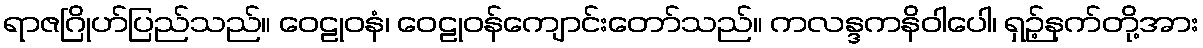
ရာဇဂြိုဟ်ပြည်သည်။ ဝေဠုဝနံ၊ ဝေဠုဝန်ကျောင်းတော်သည်။ ကလန္ဒကနိဝါပေါ၊ ရှဉ့်နက်တို့အား